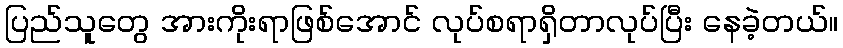
ပြည်သူတွေ အားကိုးရာဖြစ်အောင် လုပ်စရာရှိတာလုပ်ပြီး နေခဲ့တယ်။